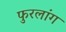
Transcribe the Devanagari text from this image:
फुरलांग